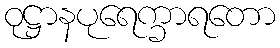
ဝုဋ္ဌာနပုရေက္ခာရတော